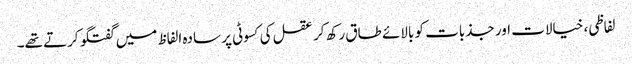
لفاظی، خیالات اور جذبات کو بالائے طاق رکھ کر عقل کی کسوٹی پر سادہ الفاظ میں گفتگو کرتے تھے۔